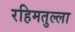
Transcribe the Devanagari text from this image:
रहिमतुल्ला